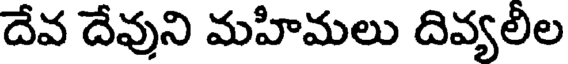
దేవ దేవుని మహిమలు దివ్యలిల